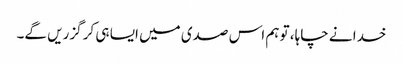
خدا نے چاہا، تو ہم اس صدی میں ایسا ہی کر گزریں گے۔